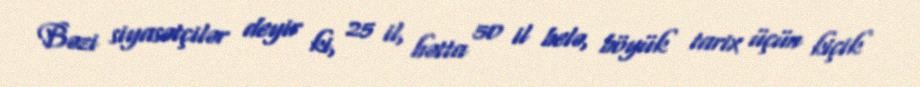
Bəzi siyasətçilər deyir ki, 25 il, hətta 50 il belə, böyük tarix üçün kiçik